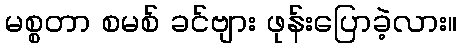
မစ္စတာ စမစ် ခင်ဗျား ဖုန်းပြောခဲ့လား။